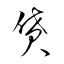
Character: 貸